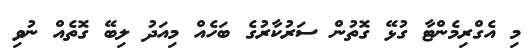
މި އެގްރިމެންޓާ ގުޅޭ ގޮތުން ސަރުކާރުގެ ބަހެއް މިއަދު ލިބޭ ގޮތެއް ނުވި